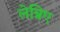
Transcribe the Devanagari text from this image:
लेन्निए